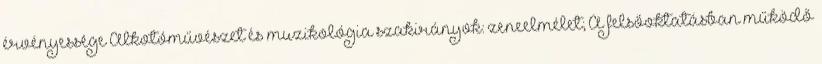
érvényessége Alkotóművészet és muzikológia szakirányok: zeneelmélet; A felsőoktatásban működő